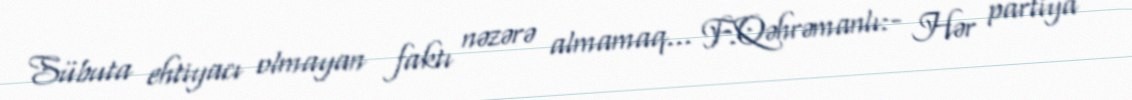
Sübuta ehtiyacı olmayan faktı nəzərə almamaq... F.Qəhrəmanlı:- Hər partiya